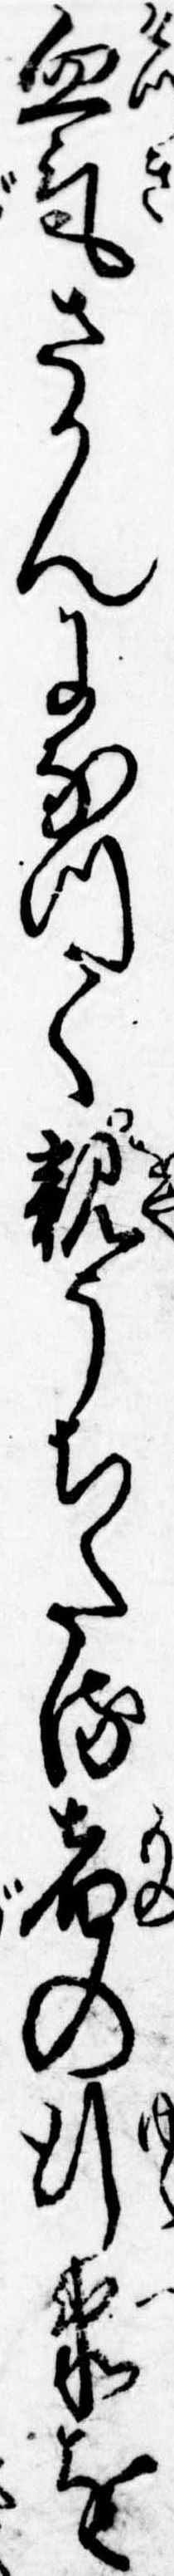
血気さかんになつて親うちたる者の行衛を